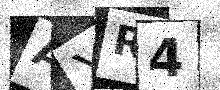
Text: AXR4